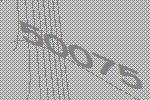
50075